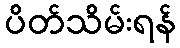
ပိတ်သိမ်းရန်